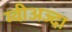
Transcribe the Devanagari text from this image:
ग्वीअज्दा